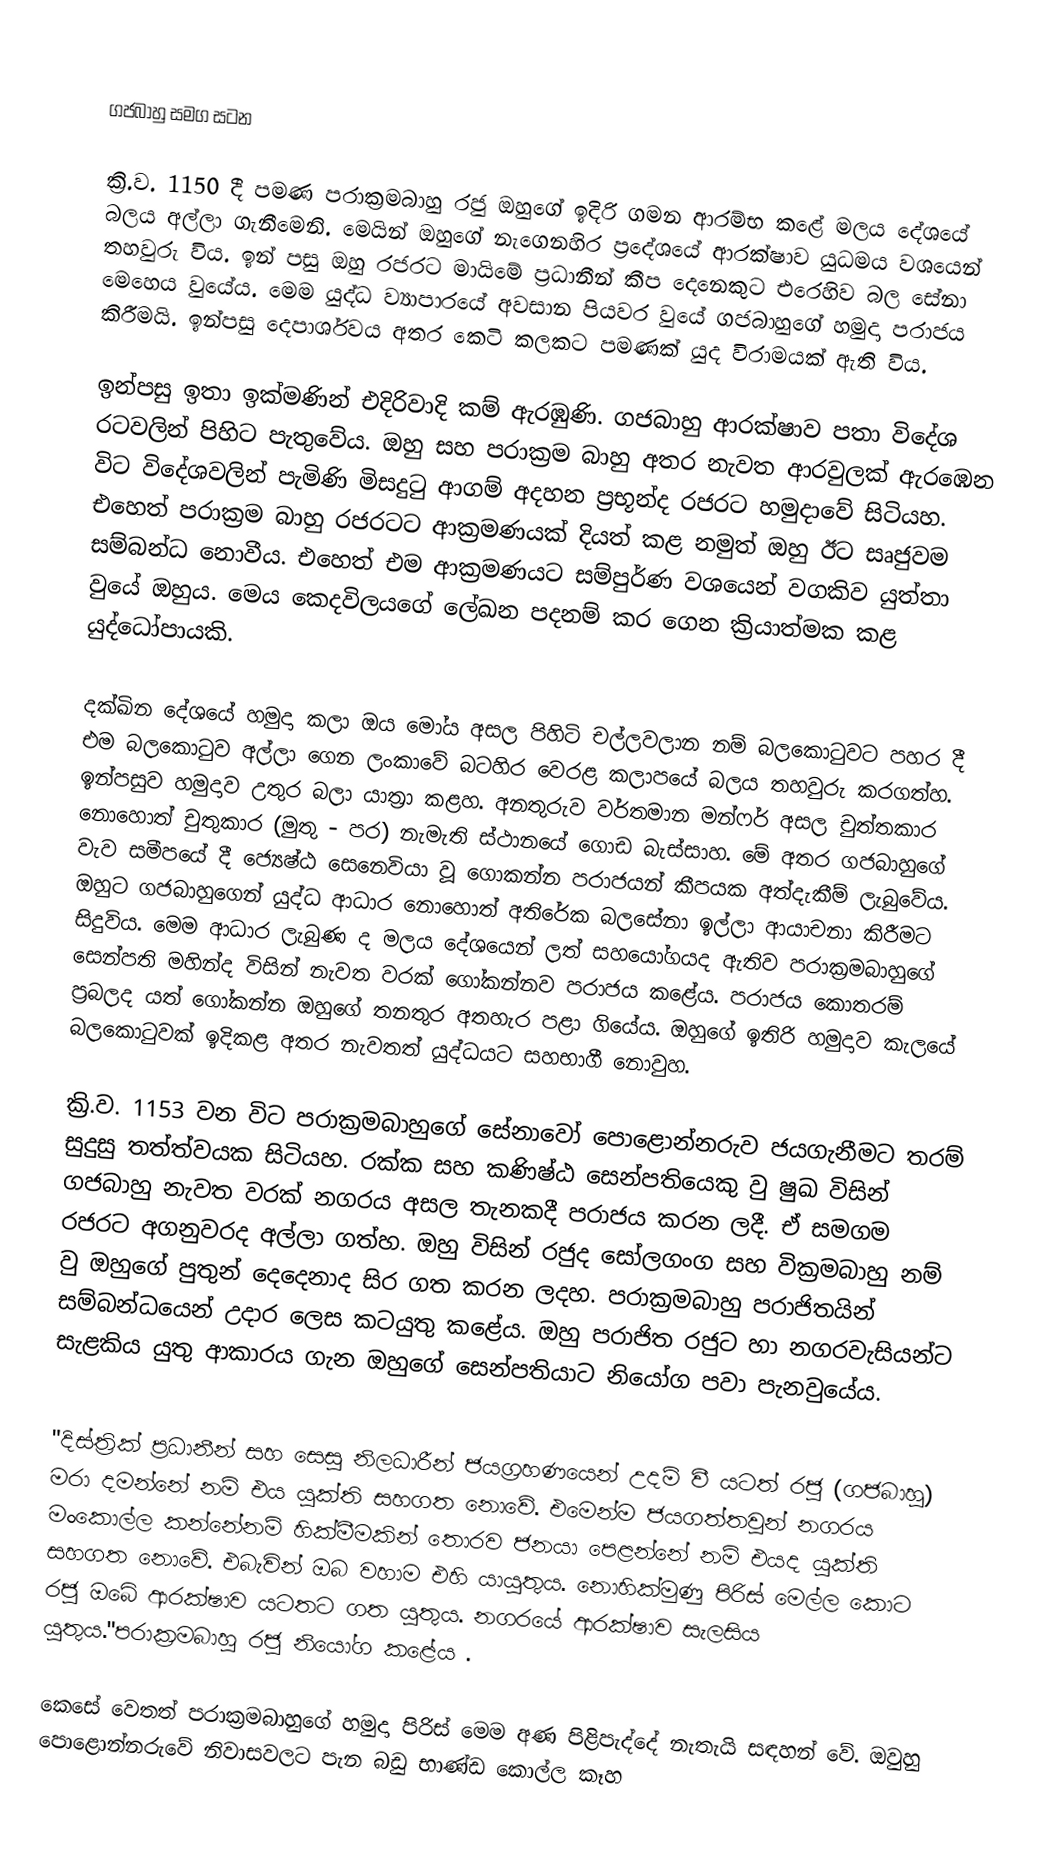

ගජබාහු සමග සටන

ක්‍රි.ව. 1150 දී පමණ පරාක්‍රමබාහු රජු ඔහුගේ ඉදිරි ගමන ආරම්භ කළේ මලය දේශයේ බලය අල්ලා ගැනීමෙනි. මෙයින් ඔහුගේ නැගෙනහිර ප්‍රදේශයේ ආරක්ෂාව යුධමය වශයෙන් තහවුරු විය. ඉන් පසු ඔහු රජරට මායිමේ ප්‍රධානීන් කීප දෙනෙකුට එරෙහිව බල සේනා මෙහෙය වුයේය. මෙම යුද්ධ ව්‍යාපාරයේ අවසාන පියවර වුයේ ගජබාහුගේ හමුදා පරාජය කිරීමයි. ඉන්පසු දෙපාර්ශවය අතර කෙටි කලකට පමණක් යුද විරාමයක් ඇති විය.

ඉන්පසු ඉතා ඉක්මණින් එදිරිවාදි කම් ඇරඹුණි. ගජබාහු ආරක්ෂාව පතා විදේශ රටවලින් පිහිට පැතුවේය. ඔහු සහ පරාක්‍රම බාහු අතර නැවත ආරවුලක් ඇරඹෙන විට විදේශවලින් පැමිණි මිසදුටු ආගම් අදහන ප්‍රභූන්ද රජරට හමුදාවේ සිටියහ. එහෙත් පරාක්‍රම බාහු රජරටට ආක්‍රමණයක් දියත් කළ නමුත් ඔහු ඊට සෘජුවම සම්බන්ධ නොවීය. එහෙත් එම ආක්‍රමණයට සම්පුර්ණ වශයෙන් වගකිව යුත්තා වුයේ ඔහුය. මෙය කෙදවිලයගේ ලේඛන පදනම් කර ගෙන ක්‍රියාත්මක කළ යුද්ධෝපායකි.

දක්ඛින දේශයේ හමුදා කලා ඔය මෝය අසල පිහිටි චල්ලවලාන නම් බලකොටුවට පහර දී එම බලකොටුව අල්ලා ගෙන ලංකාවේ බටහිර වෙරළ කලාපයේ බලය තහවුරු කරගත්හ. ඉන්පසුව හමුදාව උතුර බලා යාත්‍රා කළහ. අනතුරුව වර්තමාන මන්ෆර් අසල චුත්තකාර නොහොත් චුතුකාර (මුතු - පර) නැමැති ස්ථානයේ ගොඩ බැස්සාහ. මේ අතර ගජබාහුගේ වැව සමීපයේ දී ජ්‍යෙෂ්ඨ සෙනෙවියා වූ ගොකන්න පරාජයන් කීපයක අත්දැකීම් ලැබුවේය. ඔහුට ගජබාහුගෙන් යුද්ධ ආධාර නොහොත් අතිරේක බලසේනා ඉල්ලා ආයාචනා කිරීමට සිදුවිය. මෙම ආධාර ලැබුණ ද මලය දේශයෙන් ලත් සහයෝගයද ඇතිව පරාක්‍රමබාහුගේ සෙන්පති මහින්ද විසින් නැවත වරක් ගෝකන්නව පරාජය කළේය. පරාජය කොතරම් ප්‍රබලද යත් ගෝකන්න ඔහුගේ තනතුර අතහැර පළා ගියේය. ඔහුගේ ඉතිරි හමුදාව කැලයේ බලකොටුවක් ඉදිකළ අතර නැවතත් යුද්ධයට සහභාගී නොවුහ.

ක්‍රි.ව. 1153 වන විට පරාක්‍රමබාහුගේ සේනාවෝ පොළොන්නරුව ජයගැනීමට තරම් සුදුසු තත්ත්වයක සිටියහ. රක්ක සහ කණිෂ්ඨ සෙන්පතියෙකු වු ෂුඛ විසින් ගජබාහු නැවත වරක් නගරය අසල තැනකදී පරාජය කරන ලදී. ඒ සමගම රජරට අගනුවරද අල්ලා ගත්හ. ඔහු විසින් රජුද සෝලගංග සහ වික්‍රමබාහු නම් වු ඔහුගේ පුතුන් දෙදෙනාද සිර ගත කරන ලදහ. පරාක්‍රමබාහු පරාජිතයින් සම්බන්ධයෙන් උදාර ලෙස කටයුතු කළේය. ඔහු පරාජිත රජුට හා නගරවැසියන්ට සැළකිය යුතු ආකාරය ගැන ඔහුගේ සෙන්පතියාට නියෝග පවා පැනවුයේය.

"දිස්ත්‍රික් ප්‍රධානීන් සහ සෙසු නිලධාරීන් ජයග්‍රහණයෙන් උදම් වී යටත් රජු (ගජබාහු) මරා දමන්නේ නම් එය යුක්ති සහගත නොවේ. එමෙන්ම ජයගත්තවුන් නගරය මංකොල්ල කන්නේනම් හික්මීමකින් තොරව ජනයා පෙළන්නේ නම් එයද යුක්ති සහගත නොවේ. එබැවින් ඔබ වහාම එහි යායුතුය. නොහික්මුණු පිරිස් මෙල්ල කොට රජු ඔබේ ආරක්ෂාව යටතට ගත යුතුය. නගරයේ ආරක්ෂාව සැලසිය යුතුය."පරාක්‍රමබාහු රජු නියෝග කළේය .

කෙසේ වෙතත් පරාක්‍රමබාහුගේ හමුදා පිරිස් මෙම අණ පිළිපැද්දේ නැතැයි සඳහන් වේ. ඔවුහු පොළොන්නරුවේ නිවාසවලට පැන බඩු භාණ්ඩ කොල්ල කෑහ